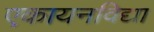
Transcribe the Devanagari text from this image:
एकायनविद्या